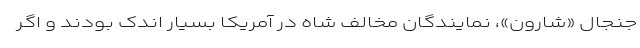
جنجال «شارون»، نمایندگان مخالف شاه در آمریکا بسیار اندک بودند و اگر